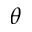
\theta